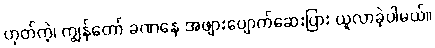
ဟုတ်ကဲ့၊ ကျွန်တော် ခဏနေ အဖျားပျောက်ဆေးပြား ယူလာခဲ့ပါမယ်။